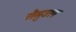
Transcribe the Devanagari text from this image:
सैमुउल